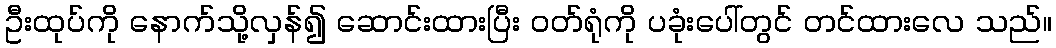
ဦးထုပ်ကို နောက်သို့လှန်၍ ဆောင်းထားပြီး ဝတ်ရုံကို ပခုံးပေါ်တွင် တင်ထားလေ သည်။